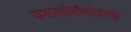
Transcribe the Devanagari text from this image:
घडामोडीनंतरचे